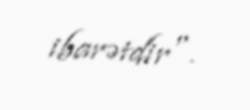
ibarətdir".